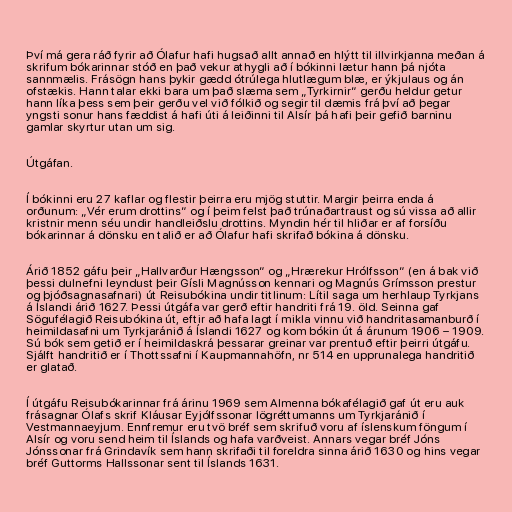
Því má gera ráð fyrir að Ólafur hafi hugsað allt annað en hlýtt til illvirkjanna meðan á
skrifum bókarinnar stóð en það vekur athygli að í bókinni lætur hann þá njóta
sannmælis. Frásögn hans þykir gædd ótrúlega hlutlægum blæ, er ýkjulaus og án
ofstækis. Hann talar ekki bara um það slæma sem „Tyrkirnir“ gerðu heldur getur
hann líka þess sem þeir gerðu vel við fólkið og segir til dæmis frá því að þegar
yngsti sonur hans fæddist á hafi úti á leiðinni til Alsír þá hafi þeir gefið barninu
gamlar skyrtur utan um sig.

Útgáfan.

Í bókinni eru 27 kaflar og flestir þeirra eru mjög stuttir. Margir þeirra enda á
orðunum: „Vér erum drottins“ og í þeim felst það trúnaðartraust og sú vissa að allir
kristnir menn séu undir handleiðslu drottins. Myndin hér til hliðar er af forsíðu
bókarinnar á dönsku en talið er að Ólafur hafi skrifað bókina á dönsku.

Árið 1852 gáfu þeir „Hallvarður Hængsson“ og „Hrærekur Hrólfsson“ (en á bak við
þessi dulnefni leyndust þeir Gísli Magnússon kennari og Magnús Grímsson prestur
og þjóðsagnasafnari) út Reisubókina undir titlinum: Lítil saga um herhlaup Tyrkjans
á Íslandi árið 1627. Þessi útgáfa var gerð eftir handriti frá 19. öld. Seinna gaf
Sögufélagið Reisubókina út, eftir að hafa lagt í mikla vinnu við handritasamanburð í
heimildasafni um Tyrkjaránið á Íslandi 1627 og kom bókin út á árunum 1906 – 1909.
Sú bók sem getið er í heimildaskrá þessarar greinar var prentuð eftir þeirri útgáfu.
Sjálft handritið er í Thottssafni í Kaupmannahöfn, nr 514 en upprunalega handritið
er glatað.

Í útgáfu Reisubókarinnar frá árinu 1969 sem Almenna bókafélagið gaf út eru auk
frásagnar Ólafs skrif Kláusar Eyjólfssonar lögréttumanns um Tyrkjaránið í
Vestmannaeyjum. Ennfremur eru tvö bréf sem skrifuð voru af íslenskum föngum í
Alsír og voru send heim til Íslands og hafa varðveist. Annars vegar bréf Jóns
Jónssonar frá Grindavík sem hann skrifaði til foreldra sinna árið 1630 og hins vegar
bréf Guttorms Hallssonar sent til Íslands 1631.